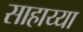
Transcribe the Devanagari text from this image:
साहाय्या